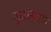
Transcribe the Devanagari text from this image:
गुजारनेवाले